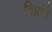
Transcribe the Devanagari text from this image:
विप्रांते